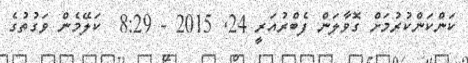
ކަންކަންކުރުމަށް ގޮވާލަން ފެބްރުއަރީ 24